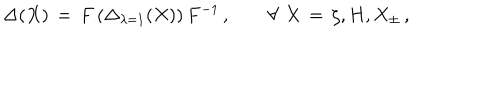
LaTeX: \Delta ( X ) \, = \, F \left( \Delta _ { \lambda = 1 } ( X ) \right) F ^ { - 1 } \, , \qquad \forall \, \, X \, = \, \zeta , H , X _ { \pm } \, ,